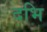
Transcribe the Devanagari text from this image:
दभि